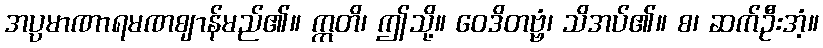
အပ္ပမာဏာရမဏဈာန်မည်၏။ ဣတိ၊ ဤသို့။ ဝေဒိတဗ္ဗံ၊ သိအပ်၏။ စ၊ ဆက်ဦးအံ့။